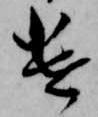
遣